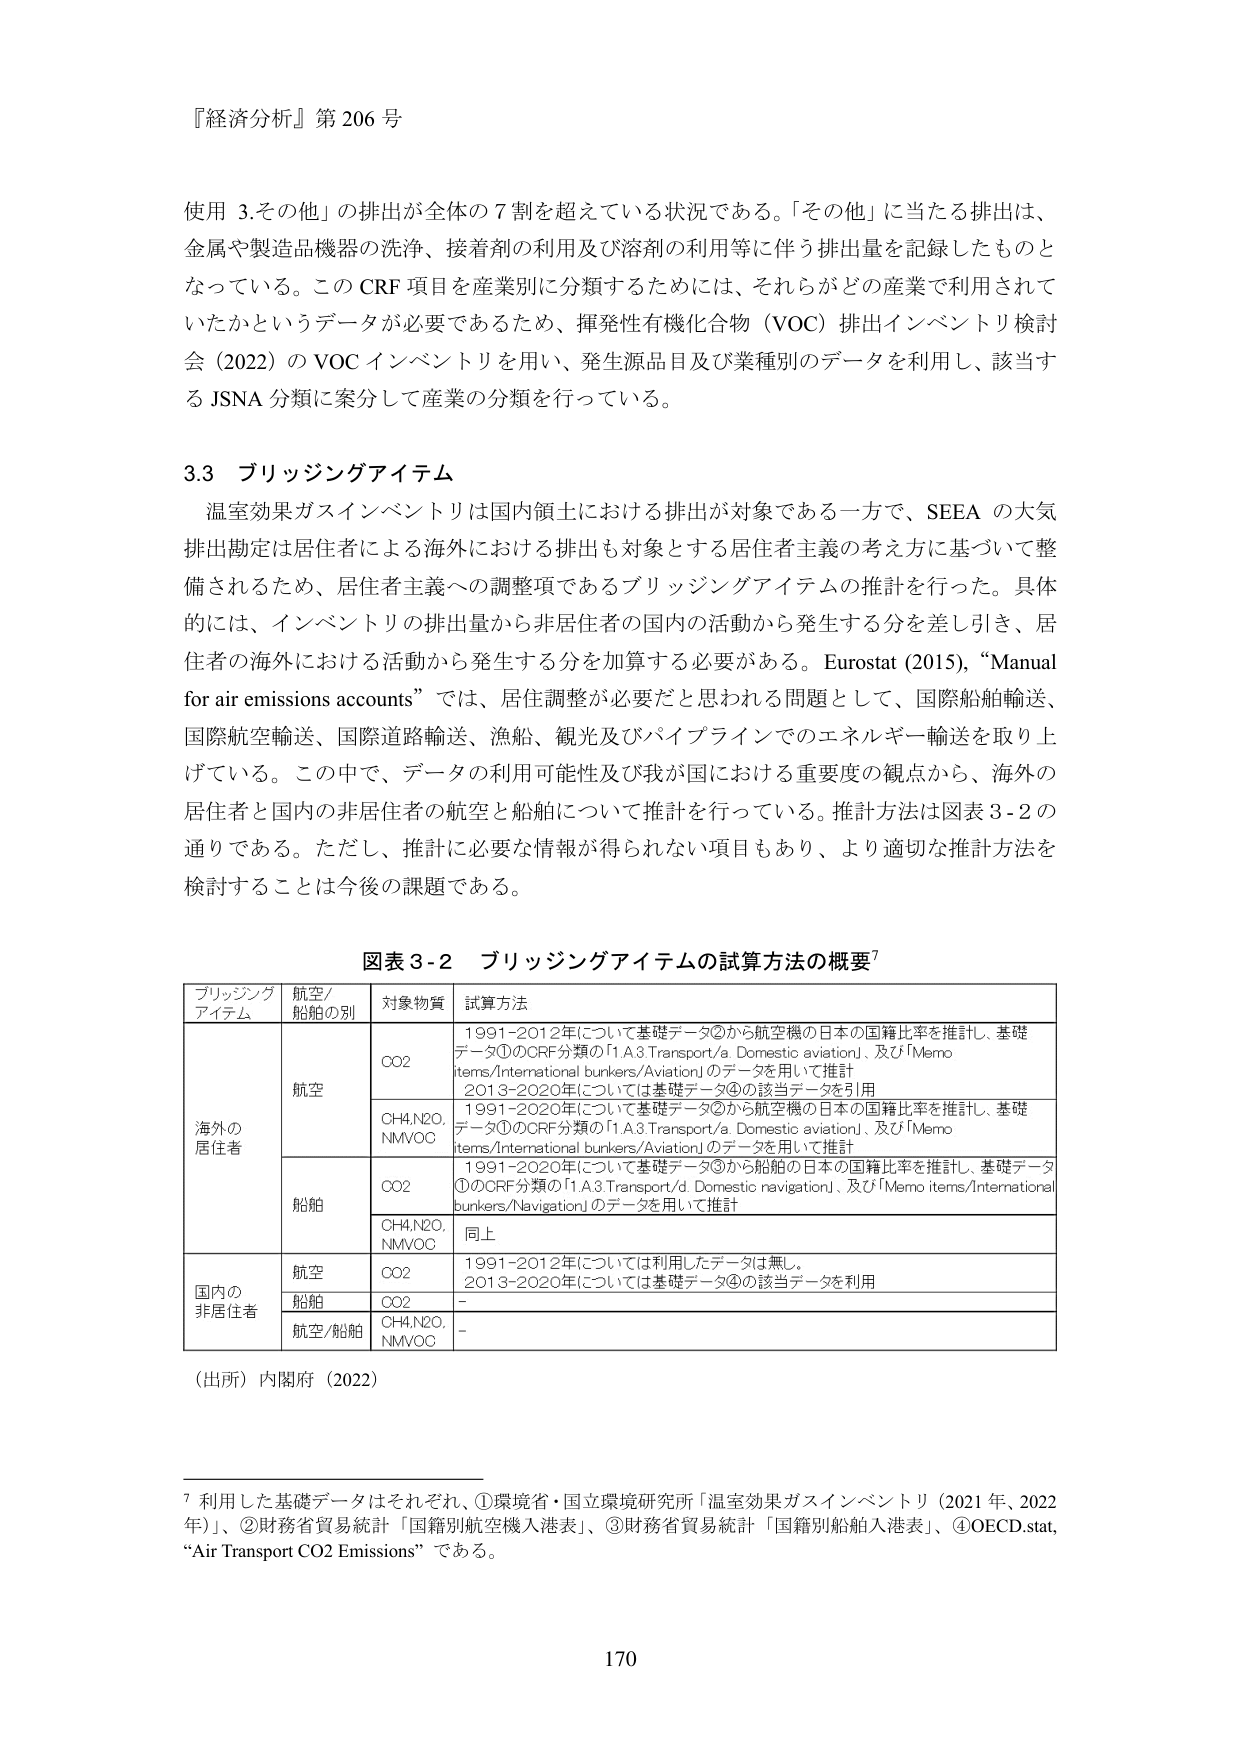
『経済分析』第 206 号

使用 3.その他」の排出が全体の７割を超えている状況である。「その他」に当たる排出は、
金属や製造品機器の洗浄、接着剤の利用及び溶剤の利用等に伴う排出量を記録したものと
なっている。この CRF 項目を産業別に分類するためには、それらがどの産業で利用されて
いたかというデータが必要であるため、揮発性有機化合物（VOC）排出インベントリ検討
会（2022）の VOC インベントリを用い、発生源品目及び業種別のデータを利用し、該当す
る JSNA 分類に案分して産業の分類を行っている。

3.3 ブリッジングアイテム

温室効果ガスインベントリは国内領土における排出が対象である一方で、SEEA の大気
排出勘定は居住者による海外における排出も対象とする居住者主義の考え方に基づいて整
備されるため、居住者主義への調整項であるブリッジングアイテムの推計を行った。具体
的には、インベントリの排出量から非居住者の国内の活動から発生する分を差し引き、居
住者の海外における活動から発生する分を加算する必要がある。Eurostat (2015), “Manual
for air emissions accounts” では、居住調整が必要だと思われる問題として、国際船舶輸送、
国際航空輸送、国際道路輸送、漁船、観光及びパイプラインでのエネルギー輸送を取り上
げている。この中で、データの利用可能性及び我が国における重要度の観点から、海外の
居住者と国内の非居住者の航空と船舶について推計を行っている。推計方法は図表 3-2 の
通りである。ただし、推計に必要な情報が得られない項目もあり、より適切な推計方法を
検討することは今後の課題である。

図表 3-2 ブリッジングアイテムの試算方法の概要⁷

ブリッジング
アイテム 航空/
船舶の別 対象物質 試算方法
海外の
居住者 航空 CO2 1991-2012年については基礎データ②から航空機の日本の国籍比率を推計し、基礎
データ①のCRF分類の「1.A.3.Transport/a. Domestic aviation」、及び「Memo
items/International bunkers/Aviation」のデータを用いて推計
2013-2020年については基礎データ④の該当データを引用
CH4,N2O,
NMVOC 1991-2020年については基礎データ②から航空機の日本の国籍比率を推計し、基礎
データ①のCRF分類の「1.A.3.Transport/a. Domestic aviation」、及び「Memo
items/International bunkers/Aviation」のデータを用いて推計
船舶 CO2 1991-2020年について基礎データ③から船舶の日本の国籍比率を推計し、基礎データ
①のCRF分類の「1.A.3.Transport/d. Domestic navigation」、及び「Memo items/International
bunkers/Navigation」のデータを用いて推計
CH4,N2O,
NMVOC 同上
国内の
非居住者 航空 CO2 1991-2012年については利用したデータは無し。
2013-2020年については基礎データ④の該当データを利用
船舶 CO2 -
航空/船舶 CH4,N2O,
NMVOC -

（出所）内閣府（2022）

⁷ 利用した基礎データはそれぞれ、①環境省・国立環境研究所「温室効果ガスインベントリ（2021 年、2022
年）」、②財務省貿易統計「国籍別航空機入港表」、③財務省貿易統計「国籍別船舶入港表」、④OECD.stat,
“Air Transport CO2 Emissions” である。

170